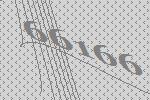
66166